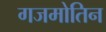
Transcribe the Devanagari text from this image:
गजमोतिन